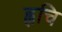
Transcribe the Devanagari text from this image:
ह्वचि